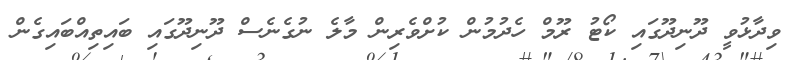
ވިދާޅުވީ ދޫނިދޫގައި ކޯޓު ރޫމް ހެދުމުން ކުށްވެރިން މާލެ ނުގެނެސް ދޫނިދޫގައި ބައިތިއްބައިގެން